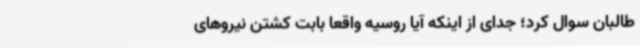
طالبان سوال کرد؛ جدای از اینکه آیا روسیه واقعا بابت کشتن نیروهای